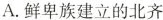
A.鲜卑族建立的北齐